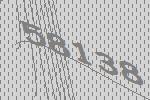
58138